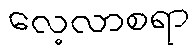
လေ့လာစရာ